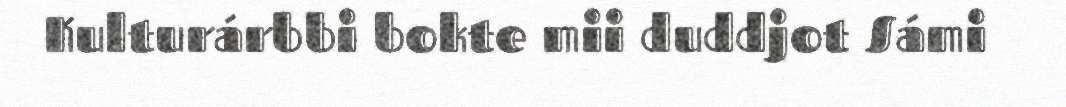
Kulturárbbi bokte mii duddjot Sámi